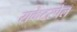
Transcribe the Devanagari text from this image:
राकेटस्पेल